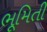
ભૂમિતી